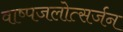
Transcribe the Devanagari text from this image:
वाष्पजलोत्सर्जन